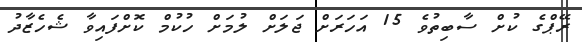
ރޭޕްގެ ކުށް ސާބިތުވެ 15 އަހަރަށް ޖަލަށް ލުމަށް ހުކުމް ކޮށްފައިވާ ޝެހެޒާދު